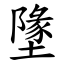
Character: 墬